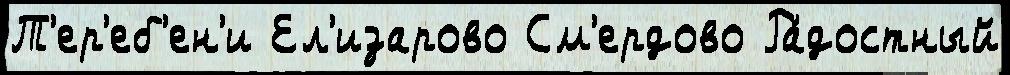
Т'ер'еб'ен'и Ел'изарово См'ердово Ра́достный